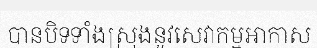
បានបិទទាំងស្រុងនូវសេវាកម្មអាកាស